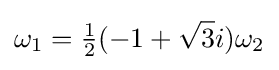
\omega _{1}={\tfrac {1}{2}}(-1+{\sqrt {3}}i)\omega _{2}